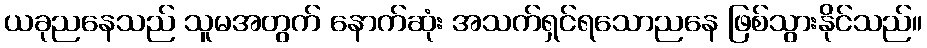
ယခုညနေသည် သူမအတွက် နောက်ဆုံး အသက်ရှင်ရသောညနေ ဖြစ်သွားနိုင်သည်။